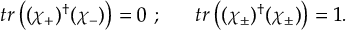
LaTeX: t r \left( ( \chi _ { + } ) ^ { \dagger } ( \chi _ { - } ) \right) = 0 ~ ; ~ ~ ~ ~ ~ t r \left( ( \chi _ { \pm } ) ^ { \dagger } ( \chi _ { \pm } ) \right) = 1 .